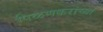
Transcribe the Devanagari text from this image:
पिळणकरांच्या